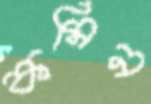
কমিন